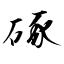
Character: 硺